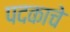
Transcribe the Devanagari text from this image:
पदकाचे